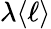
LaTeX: \lambda\langle\ell\rangle